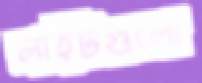
লাইটগুলো